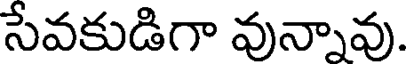
సేవకుడిగా వున్నావు.